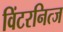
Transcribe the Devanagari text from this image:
विंटरनित्ज